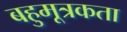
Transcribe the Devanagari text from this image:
बहुमूत्रकता